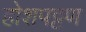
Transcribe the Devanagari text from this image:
होशपट्टण